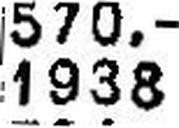
1938